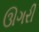
ઊગરી